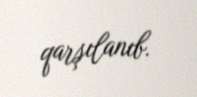
qarşılanıb.